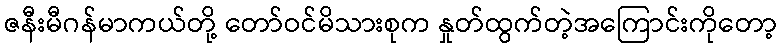
ဇနီးမီဂန်မာကယ်တို့ တော်ဝင်မိသားစုက နှုတ်ထွက်တဲ့အကြောင်းကိုတော့